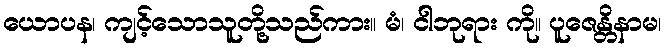
ယောပန၊ ကျင့်သောသူတို့သည်ကား။ မံ၊ ငါဘုရား ကို။ ပူဇေန္တိနာမ၊